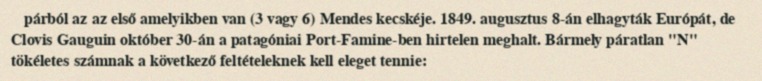
párból az az első amelyikben van (3 vagy 6) Mendes kecskéje. 1849. augusztus 8-án elhagyták Európát, de Clovis Gauguin október 30-án a patagóniai Port-Famine-ben hirtelen meghalt. Bármely páratlan "N" tökéletes számnak a következő feltételeknek kell eleget tennie: